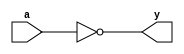
module xup_inv #(parameter DELAY = 0.3)(
    input a,
    output y
    );
    
    not #DELAY (y,a);
    
endmodule